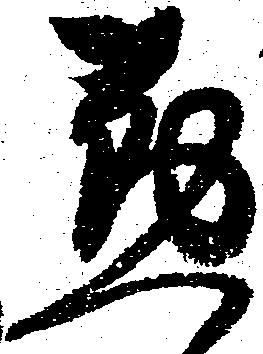
懃